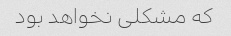
که مشکلی نخواهد بود